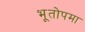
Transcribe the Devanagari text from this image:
भूतोपमा